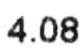
4.08